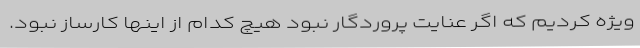
ویژه کردیم که اگر عنایت پروردگار نبود هیچ کدام از اینها کارساز نبود.